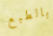
بالطبع